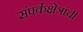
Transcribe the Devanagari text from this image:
संपर्कक्षेत्रांची